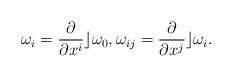
LaTeX: \begin{gather*}\omega_i = \frac{\partial}{\partial x^i} \rfloor \omega_0 , \omega_{ij} = \frac{\partial}{\partial x^j} \rfloor \omega_i.\end{gather*}